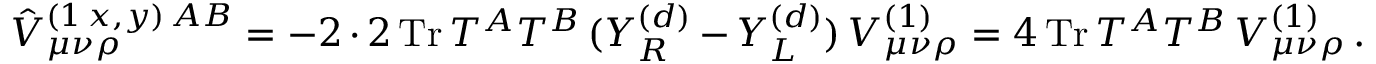
\hat { V } _ { \mu \nu \rho } ^ { ( 1 \, x , y ) \, A B } = - 2 \cdot 2 \, \mathrm { T r } \, T ^ { A } T ^ { B } \, ( Y _ { R } ^ { ( d ) } - Y _ { L } ^ { ( d ) } ) \, V _ { \mu \nu \rho } ^ { ( 1 ) } = 4 \, \mathrm { T r } \, T ^ { A } T ^ { B } \, V _ { \mu \nu \rho } ^ { ( 1 ) } \, .